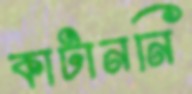
কাটাননি